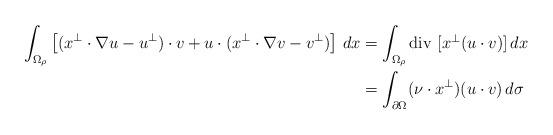
LaTeX: \begin{align*}\int_{\Omega_\rho}\left[(x^\perp\cdot\nabla u-u^\perp)\cdot v+u\cdot(x^\perp\cdot\nabla v-v^\perp)\right]\,dx&=\int_{\Omega_\rho} \mbox{div $[x^\perp (u\cdot v)]$}\,dx \\&=\int_{\partial\Omega}(\nu\cdot x^\perp)(u\cdot v)\,d\sigma\end{align*}